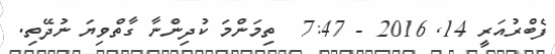
ފެބްރުއަރީ 14